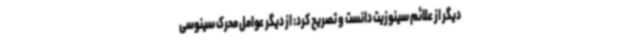
دیگر از علائم سینوزیت دانست و تصریح کرد: از دیگر عوامل محرک سینوسی